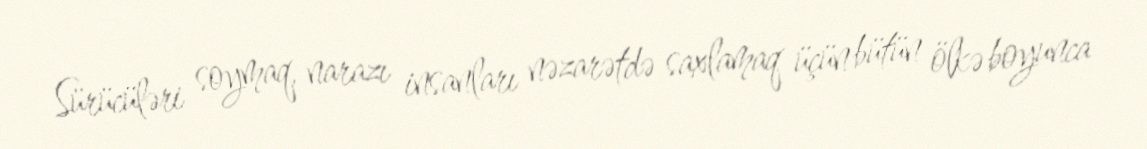
Sürücüləri soymaq, narazı insanları nəzarətdə saxlamaq üçün bütün ölkə boyunca